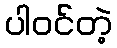
ပါဝင်တဲ့